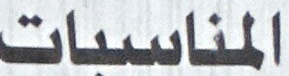
المناسبات